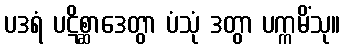
ပဒရံ ပဋိစ္ဆာဒေတွာ ပံသုံ ဒတွာ ပက္ကမိံသု။